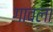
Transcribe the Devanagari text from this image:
गावला